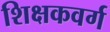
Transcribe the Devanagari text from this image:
शिक्षकवर्ग